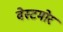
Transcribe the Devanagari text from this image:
वेस्टमोर